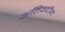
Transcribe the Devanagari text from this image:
अतिवद्दीन